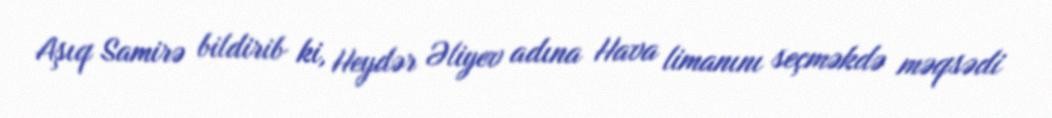
Aşıq Samirə bildirib ki, Heydər Əliyev adına Hava limanını seçməkdə məqsədi